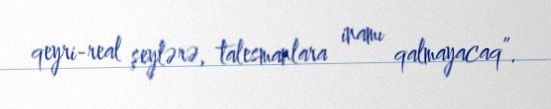
qeyri-real şeylərə, talesmanlara inamı qalmayacaq”.